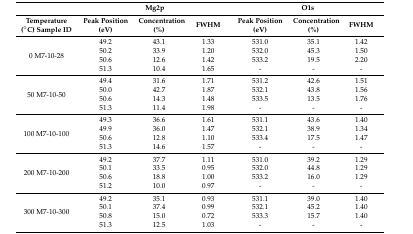
<table><thead><tr><td></td><td colspan="3"><b>Mg2p</b></td><td colspan="3"><b>O1s</b></td></tr><tr><td><b>Temperature (°C) Sample ID</b></td><td><b>Peak Position (eV)</b></td><td><b>Concentration (%)</b></td><td><b>FWHM</b></td><td><b>Peak Position (eV)</b></td><td><b>Concentration (%)</b></td><td><b>FWHM</b></td></tr></thead><tbody><tr><td rowspan="4">0 M7-10-28</td><td>49.2</td><td>43.1</td><td>1.33</td><td>531.0</td><td>35.1</td><td>1.42</td></tr><tr><td>50.2</td><td>33.9</td><td>1.20</td><td>532.0</td><td>45.3</td><td>1.50</td></tr><tr><td>50.6</td><td>12.6</td><td>1.42</td><td>533.2</td><td>19.5</td><td>2.20</td></tr><tr><td>51.3</td><td>10.4</td><td>1.65</td><td>-</td><td>-</td><td>-</td></tr><tr><td rowspan="4">50 M7-10-50</td><td>49.4</td><td>31.6</td><td>1.71</td><td>531.2</td><td>42.6</td><td>1.51</td></tr><tr><td>50.0</td><td>42.7</td><td>1.87</td><td>532.1</td><td>43.8</td><td>1.56</td></tr><tr><td>50.6</td><td>14.3</td><td>1.48</td><td>533.5</td><td>13.5</td><td>1.76</td></tr><tr><td>51.3</td><td>11.4</td><td>1.98</td><td>-</td><td>-</td><td>-</td></tr><tr><td rowspan="4">100 M7-10-100</td><td>49.3</td><td>36.6</td><td>1.61</td><td>531.1</td><td>43.6</td><td>1.40</td></tr><tr><td>49.9</td><td>36.0</td><td>1.47</td><td>532.1</td><td>38.9</td><td>1.34</td></tr><tr><td>50.6</td><td>12.8</td><td>1.10</td><td>533.4</td><td>17.5</td><td>1.47</td></tr><tr><td>51.3</td><td>14.6</td><td>1.57</td><td>-</td><td>-</td><td>-</td></tr><tr><td rowspan="4">200 M7-10-200</td><td>49.2</td><td>37.7</td><td>1.11</td><td>531.0</td><td>39.2</td><td>1.29</td></tr><tr><td>50.1</td><td>33.5</td><td>0.95</td><td>532.0</td><td>44.8</td><td>1.29</td></tr><tr><td>50.6</td><td>18.8</td><td>1.00</td><td>533.2</td><td>16.0</td><td>1.29</td></tr><tr><td>51.2</td><td>10.0</td><td>0.97</td><td>-</td><td>-</td><td>-</td></tr><tr><td rowspan="4">300 M7-10-300</td><td>49.2</td><td>35.1</td><td>0.93</td><td>531.1</td><td>39.0</td><td>1.40</td></tr><tr><td>50.1</td><td>37.4</td><td>0.99</td><td>532.1</td><td>45.2</td><td>1.40</td></tr><tr><td>50.8</td><td>15.0</td><td>0.72</td><td>533.3</td><td>15.7</td><td>1.40</td></tr><tr><td>51.3</td><td>12.5</td><td>1.03</td><td>-</td><td>-</td><td>-</td></tr></tbody></table>